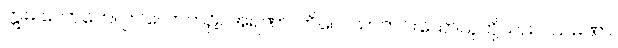
ဣဓ လောကေ၊ ဤလောက၌။ အရဏာ၊ ကိလေသာကင်းသောသူတို့သည်။ သမဏာ၊